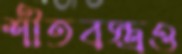
শীতবস্ত্রও